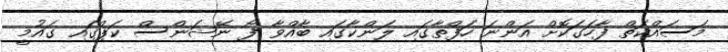
މަސައްކަތް ފާހަގަކޮށް އަންނަ ހަފްތާގައި ލަންކާގައި ބާއްވާ ފޯ ނޭޝަންސް ކަޕްގައި ގައުމީ